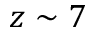
z \sim 7